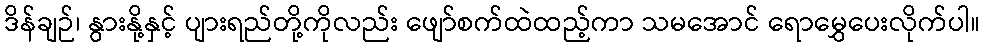
ဒိန်ချဉ်၊ နွားနို့နှင့် ပျားရည်တို့ကိုလည်း ဖျော်စက်ထဲထည့်ကာ သမအောင် ရောမွှေပေးလိုက်ပါ။